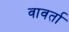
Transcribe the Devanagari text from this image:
वावर्ता